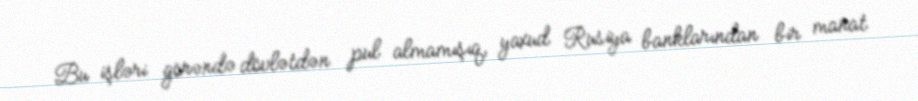
Bu işləri görəndə dövlətdən pul almamışıq, yaxud Rusiya banklarından bir manat